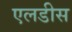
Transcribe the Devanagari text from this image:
एलडीस